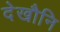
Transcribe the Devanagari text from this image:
देखौनि